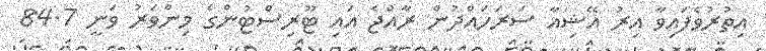
އިތުރުވެފައިވާ އިރު އޭޝިއާ ސަރަހައްދުން ރާއްޖެ އައި ޓޫރިސްޓުންގެ މިންވަރު ވަނީ 84.7